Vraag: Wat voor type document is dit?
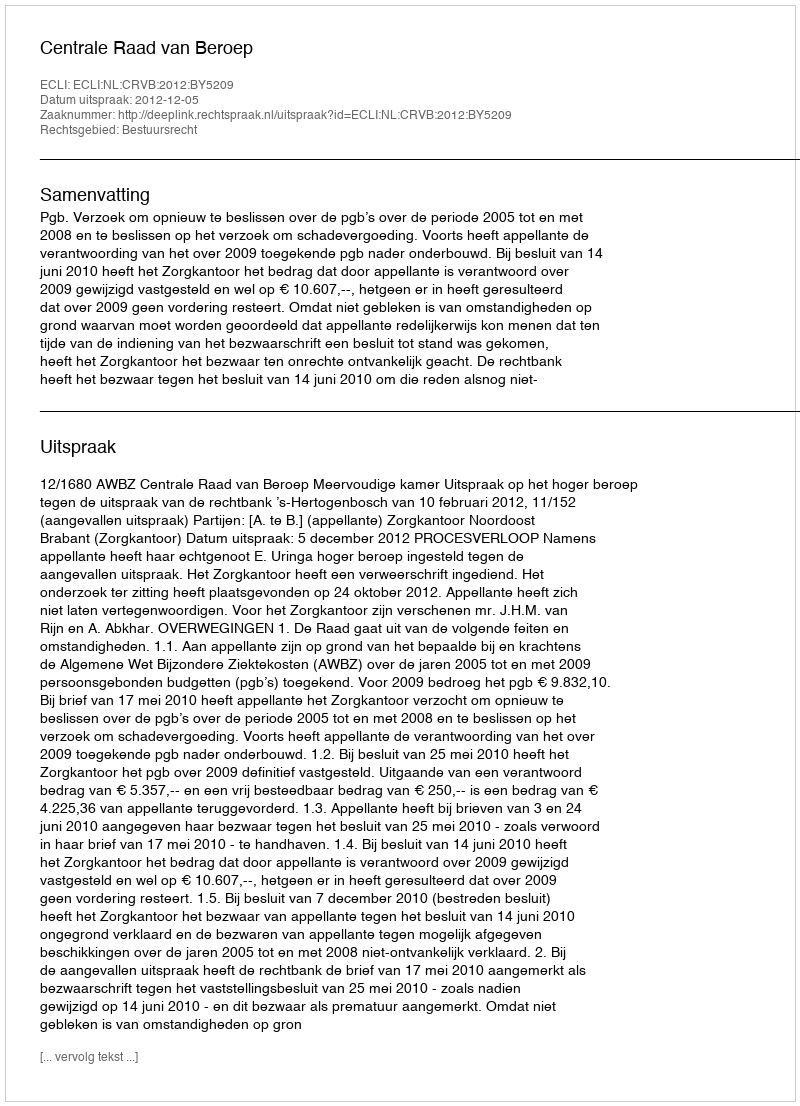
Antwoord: Uitspraak